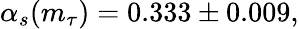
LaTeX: \alpha_{s}(m_{\tau})=0.333\pm 0.009,